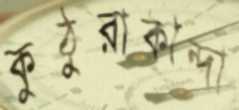
কুঠুরাকান্দা